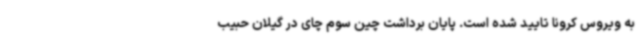
به ویروس کرونا تایید شده است. پایان برداشت چین سوم چای در گیلان حبیب